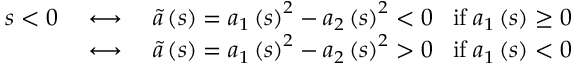
\begin{array} { r l r } { s < 0 \; } & { \longleftrightarrow } & { \; \widetilde { a } \left( s \right) = a _ { 1 } \left( s \right) ^ { 2 } - a _ { 2 } \left( s \right) ^ { 2 } < 0 \; \; \; \mathrm { i f } \; a _ { 1 } \left( s \right) \ge 0 } \\ & { \longleftrightarrow } & { \; \widetilde { a } \left( s \right) = a _ { 1 } \left( s \right) ^ { 2 } - a _ { 2 } \left( s \right) ^ { 2 } > 0 \; \; \; \mathrm { i f } \; a _ { 1 } \left( s \right) < 0 } \end{array}